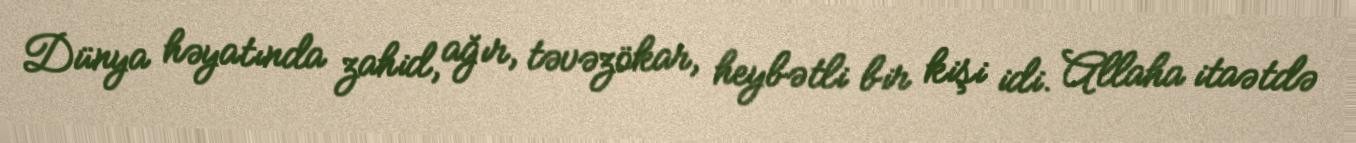
Dünya həyatında zahid, ağır, təvəzökar, heybətli bir kişi idi. Allaha itaətdə